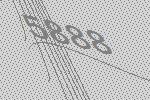
5888